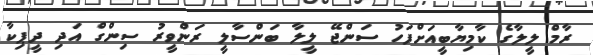
ރާމް ލީލާގެ ކާމިޔާބީއަށްފަހު ސަންޖޭ ލީލާ ބަންސާލީ ރަންވީރު ސިންގް އަދި ދީޕިކާ